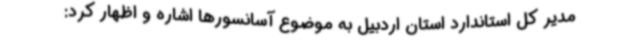
مدیر کل استاندارد استان اردبیل به موضوع آسانسورها اشاره و اظهار کرد: